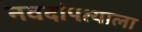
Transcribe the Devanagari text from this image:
नवदांपत्याला